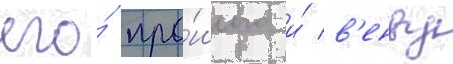
его́ про́шлого и́ в'енву